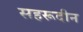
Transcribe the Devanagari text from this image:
सहरूदीन